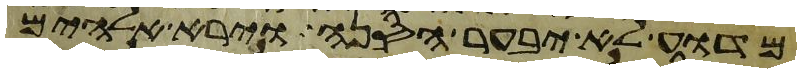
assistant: מדוע לא יבער הסנה וירא אלהים